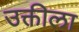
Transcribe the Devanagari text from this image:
उक्तीला